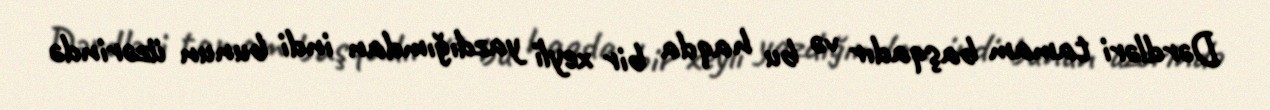
Dərdləri tamam başqadır və bu haqda bir xeyli yazdığımdan indi bunun üzərində